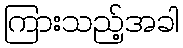
ကြားသည့်အခါ